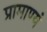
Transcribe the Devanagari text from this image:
प्रामाण्यं